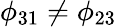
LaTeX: \phi_{31}\neq\phi_{23}